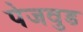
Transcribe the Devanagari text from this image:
पेजवुड